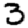
Digit: 3